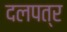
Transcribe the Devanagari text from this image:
दलपत्र